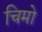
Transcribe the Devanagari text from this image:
चिमो